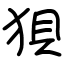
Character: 狽